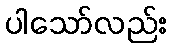
ပါသော်လည်း